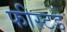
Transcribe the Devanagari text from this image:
फीस्टडे